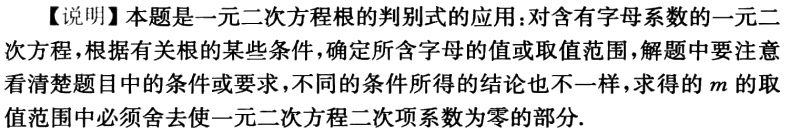
【说明】本题是一元二次方程根的判别式的应用：对含有字母系数的一元二次方程，根据有关根的某些条件，确定所含字母的值或取值范围，解题中要注意看清楚题目中的条件或要求，不同的条件所得的结论也不一样，求得的\(m\)的取值范围中必须舍去使一元二次方程二次项系数为零的部分.